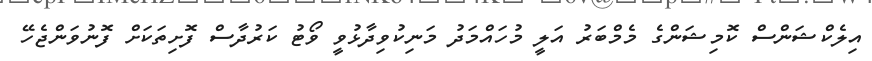
އިލެކްޝަންސް ކޮމިޝަންގެ މެމްބަރު އަލީ މުހައްމަދު މަނިކުވިދާޅުވީ ވޯޓު ކަރުދާސް ފޮށިތަކަށް ފޮނުވަންޖެހޭ